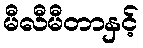
မီလီမီတာနှင့်